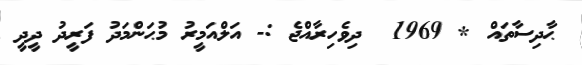
ޙާދިސާތައް * 1969  ދިވެހިރާއްޖެ :- އަލްއަމީރު މުޙަންމަދު ފަރީދު ދީދީ